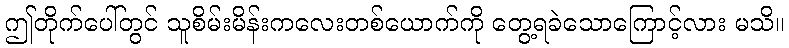
ဤတိုက်ပေါ်တွင် သူစိမ်းမိန်းကလေးတစ်ယောက်ကို တွေ့ရခဲသောကြောင့်လား မသိ။